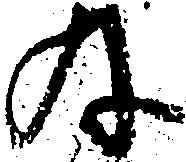
為